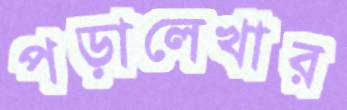
পড়ালেখার